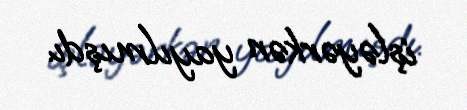
işləyərkən yayılmışdı.